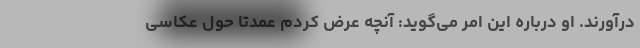
درآورند. او درباره این امر می‌گوید: آنچه عرض کردم عمدتا حول عکاسی